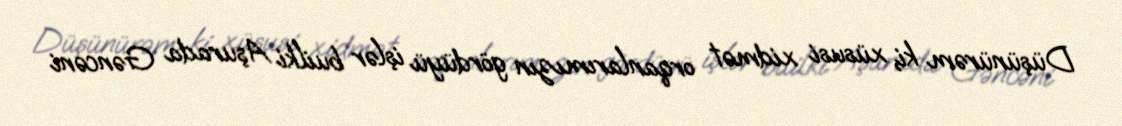
Düşünürəm ki, xüsusi xidmət orqanlarımızın gördüyü işlər builki Aşurada Gəncəni